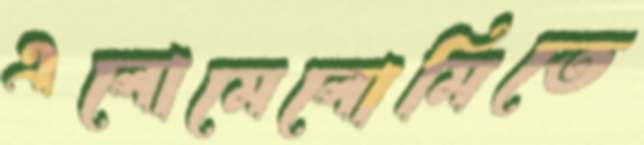
এলোমেলোমিতে